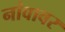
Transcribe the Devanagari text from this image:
नांवावर